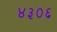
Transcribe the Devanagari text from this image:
४३०६